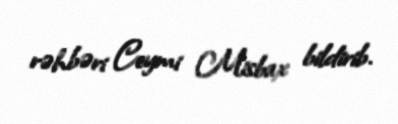
rəhbəri Ceymi Misbax bildirib.